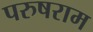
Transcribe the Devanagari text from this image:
परुषराम